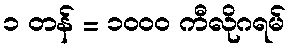
၁ တန် = ၁၀၀၀ ကီလိုဂရမ်